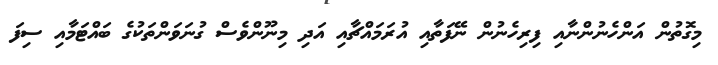
މިގޮތުން އަންހެނުންނާއި ފިރިހެނުން ނޭފަތާއި އުރަމައްޗާއި އަދި މިނޫންވެސް ގުނަވަންތަކުގެ ބައްޓަމާއި ސިފަ